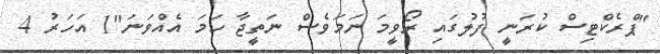
"ޕްރެކްޓިސް ކުރަނީ ފުލުގައި ރޯވީމަ ނަމަވެސް ނަތީޖާ ހަމަ އެއްވަނަ"1 އަހަރު 4